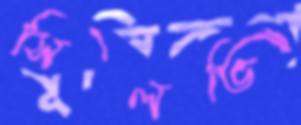
সিলভি